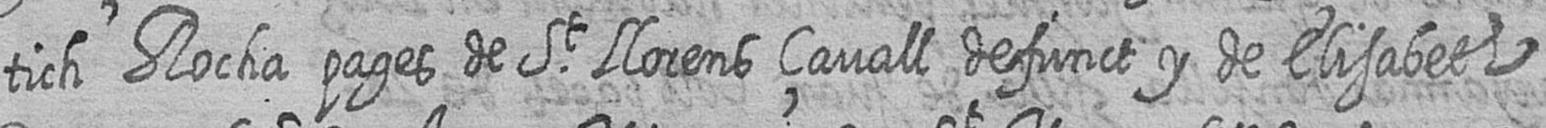
tich Rocha pages de St Llorens çavall defunct y de Elisabeth